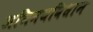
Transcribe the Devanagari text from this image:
अभिनयविधान